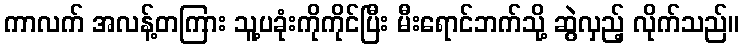
ကာလက် အလန့်တကြား သူ့ပခုံးကိုကိုင်ပြီး မီးရောင်ဘက်သို့ ဆွဲလှည့် လိုက်သည်။